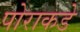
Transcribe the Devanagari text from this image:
पोराकडे